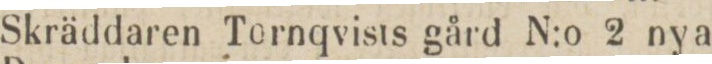
Skräddaren Tornqvists gård N:o 2 nya